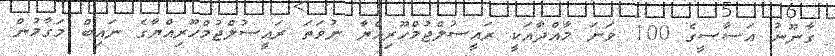
ގާނޫނު އަސާސީގެ 100 ވަނަ މާއްދާއަކީ ރައީސުލްޖުމްހޫރިއްޔާ ނުވަތަ ރައީސުލްޖުމްހޫރިއްޔާގެ ނައިބް މަގާމުން